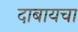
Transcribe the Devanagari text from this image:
दाबायचा